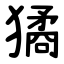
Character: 獝